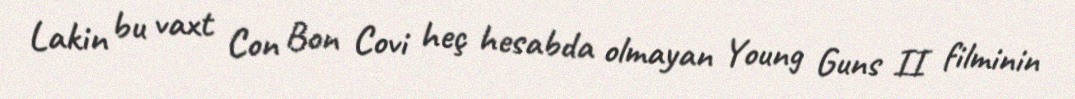
Lakin bu vaxt Con Bon Covi heç hesabda olmayan Young Guns II filminin